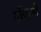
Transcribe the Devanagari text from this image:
गोंपाओं